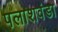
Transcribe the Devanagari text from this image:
पलाशवंडा